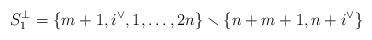
LaTeX: \begin{align*} S_1^\perp = \{m+1,i^\vee,1,\dotsc,2n\} \smallsetminus \{n+m+1,n+i^\vee\}\end{align*}